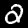
Label: 2